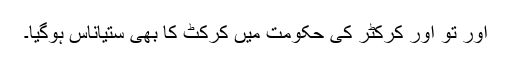
اور تو اور کرکٹر کی حکومت میں کرکٹ کا بھی ستیاناس ہوگیا۔